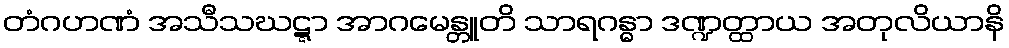
တံဂဟဏံ အသီသဃဋ္ဋာ အာဂမေန္တူတိ သာရဂန္ဓာ ဒဏ္ဍတ္ထာယ အတုလိယာနိ